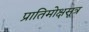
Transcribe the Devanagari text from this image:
प्रातिमोक्षसूत्र